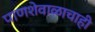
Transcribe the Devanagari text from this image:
पाणशेवाळाचाही